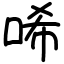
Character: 唏